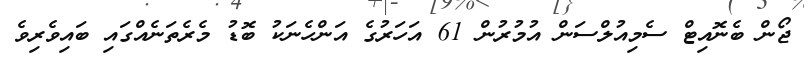
ޖޯން ބެނޮއިޓް ސެމިއުުލްސަން އުމުރުން 61 އަހަރުގެ އަންހެނަކު ބޮޑު މެރެތަނެއްގައި ބައިވެރިވެ